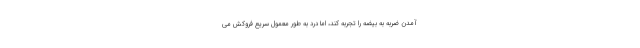
آمدن ضربه به بیضه را تجربه کند، اما درد به طور معمول سریع فروکش می